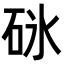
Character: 砯